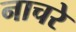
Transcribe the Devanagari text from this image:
नाचरे